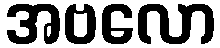
အဗလော